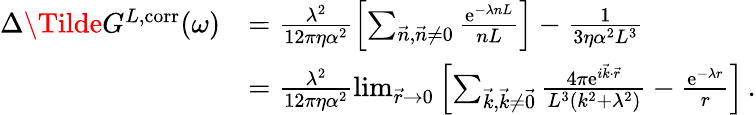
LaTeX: \begin{array}{rl}{\Delta\Tilde{G}^{L,\mathrm{corr}}(\omega)}&{=\frac{\lambda^{2}}{12\pi\eta\alpha^{2}}\left[\sum_{\vec{n},\vec{n}\neq 0}\frac{\mathrm{e}^{-\lambda nL}}{nL}\right]-\frac{1}{3\eta\alpha^{2}L^{3}}}\\ &{=\frac{\lambda^{2}}{12\pi\eta\alpha^{2}}\operatorname*{lim}_{\vec{r}\to 0}\left[\sum_{\vec{k},\vec{k}\neq\vec{0}}\frac{4\pi\mathrm{e}^{i\vec{k}\cdot\vec{r}}}{L^{3}(k^{2}+\lambda^{2})}-\frac{\mathrm{e}^{-\lambda r}}{r}\right]\, .}\end{array}